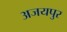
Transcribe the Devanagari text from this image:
अजयपुर